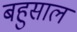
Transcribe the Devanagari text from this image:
बहुसाल